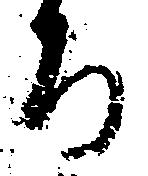
ち